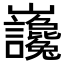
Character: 𡿣